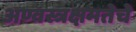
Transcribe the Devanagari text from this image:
अण्वस्त्रक्षमतेचे